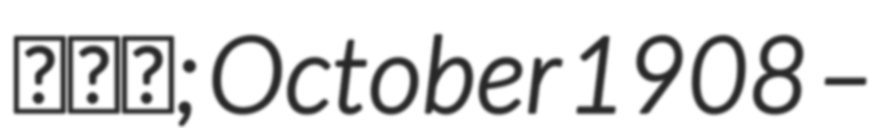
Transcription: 刘田夫; October 1908 –